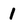
Character: 1